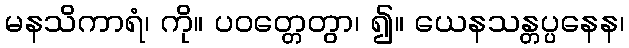
မနသိကာရံ၊ ကို။ ပဝတ္တေတွာ၊ ၍။ ယေနသန္တပ္ပနေန၊